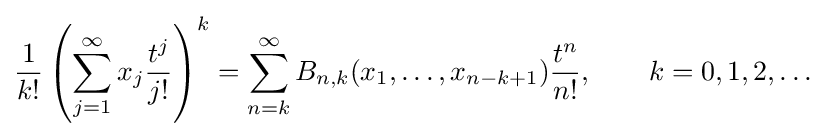
{\frac {1}{k!}}\left(\sum _{j=1}^{\infty }x_{j}{\frac {t^{j}}{j!}}\right)^{k}=\sum _{n=k}^{\infty }B_{n,k}(x_{1},\ldots ,x_{n-k+1}){\frac {t^{n}}{n!}},\qquad k=0,1,2,\ldots